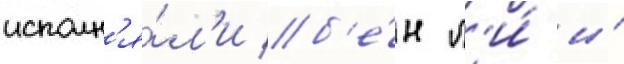
исполн'я́л'и б'е́н л'и́ и́